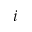
i